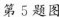
第5题图